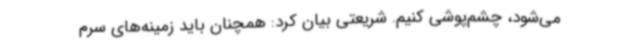
می‌شود، چشم‌پوشی کنیم. شریعتی بیان کرد: همچنان باید زمینه‌های سرم